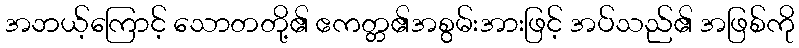
အဘယ့်ကြောင့် သောတတို့၏ ဧကတ္တ၏အစွမ်းအားဖြင့် အပ်သည်၏ အဖြစ်ကို